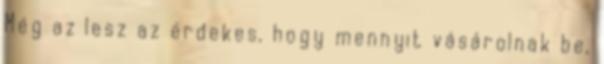
Még az lesz az érdekes, hogy mennyit vásárolnak be,